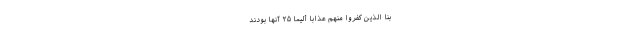
َّبْنَا الَّذِينَ كَفَرُوا مِنْهُمْ عَذَابًا أَلِيمًا ۲۵ آنها بودند